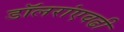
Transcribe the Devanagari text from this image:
डॉलरांएवढी